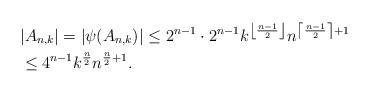
LaTeX: \begin{align*}& |A_{n,k}| = |\psi(A_{n,k})| \leq 2^{n-1}\cdot 2^{n-1}k^{\left\lfloor \frac{n-1}{2}\right\rfloor}n^{\left\lceil\frac{n-1}{2}\right\rceil+1}& \\& \leq 4^{n-1}k^{\frac{n}{2}}n^{\frac{n}{2}+1}. &\end{align*}